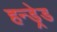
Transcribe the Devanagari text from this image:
हन्ड्रेड